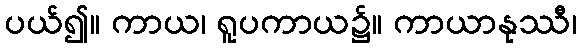
ပယ်၍။ ကာယ၊ ရူပကာယ၌။ ကာယာနုဿီ၊